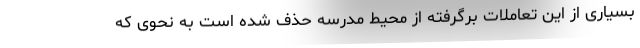
بسیاری از این تعاملات برگرفته از محیط مدرسه حذف شده است به نحوی که